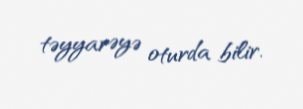
təyyarəyə oturda bilir.